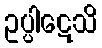
ဥပ္ပါဋေသိ